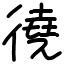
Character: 徺